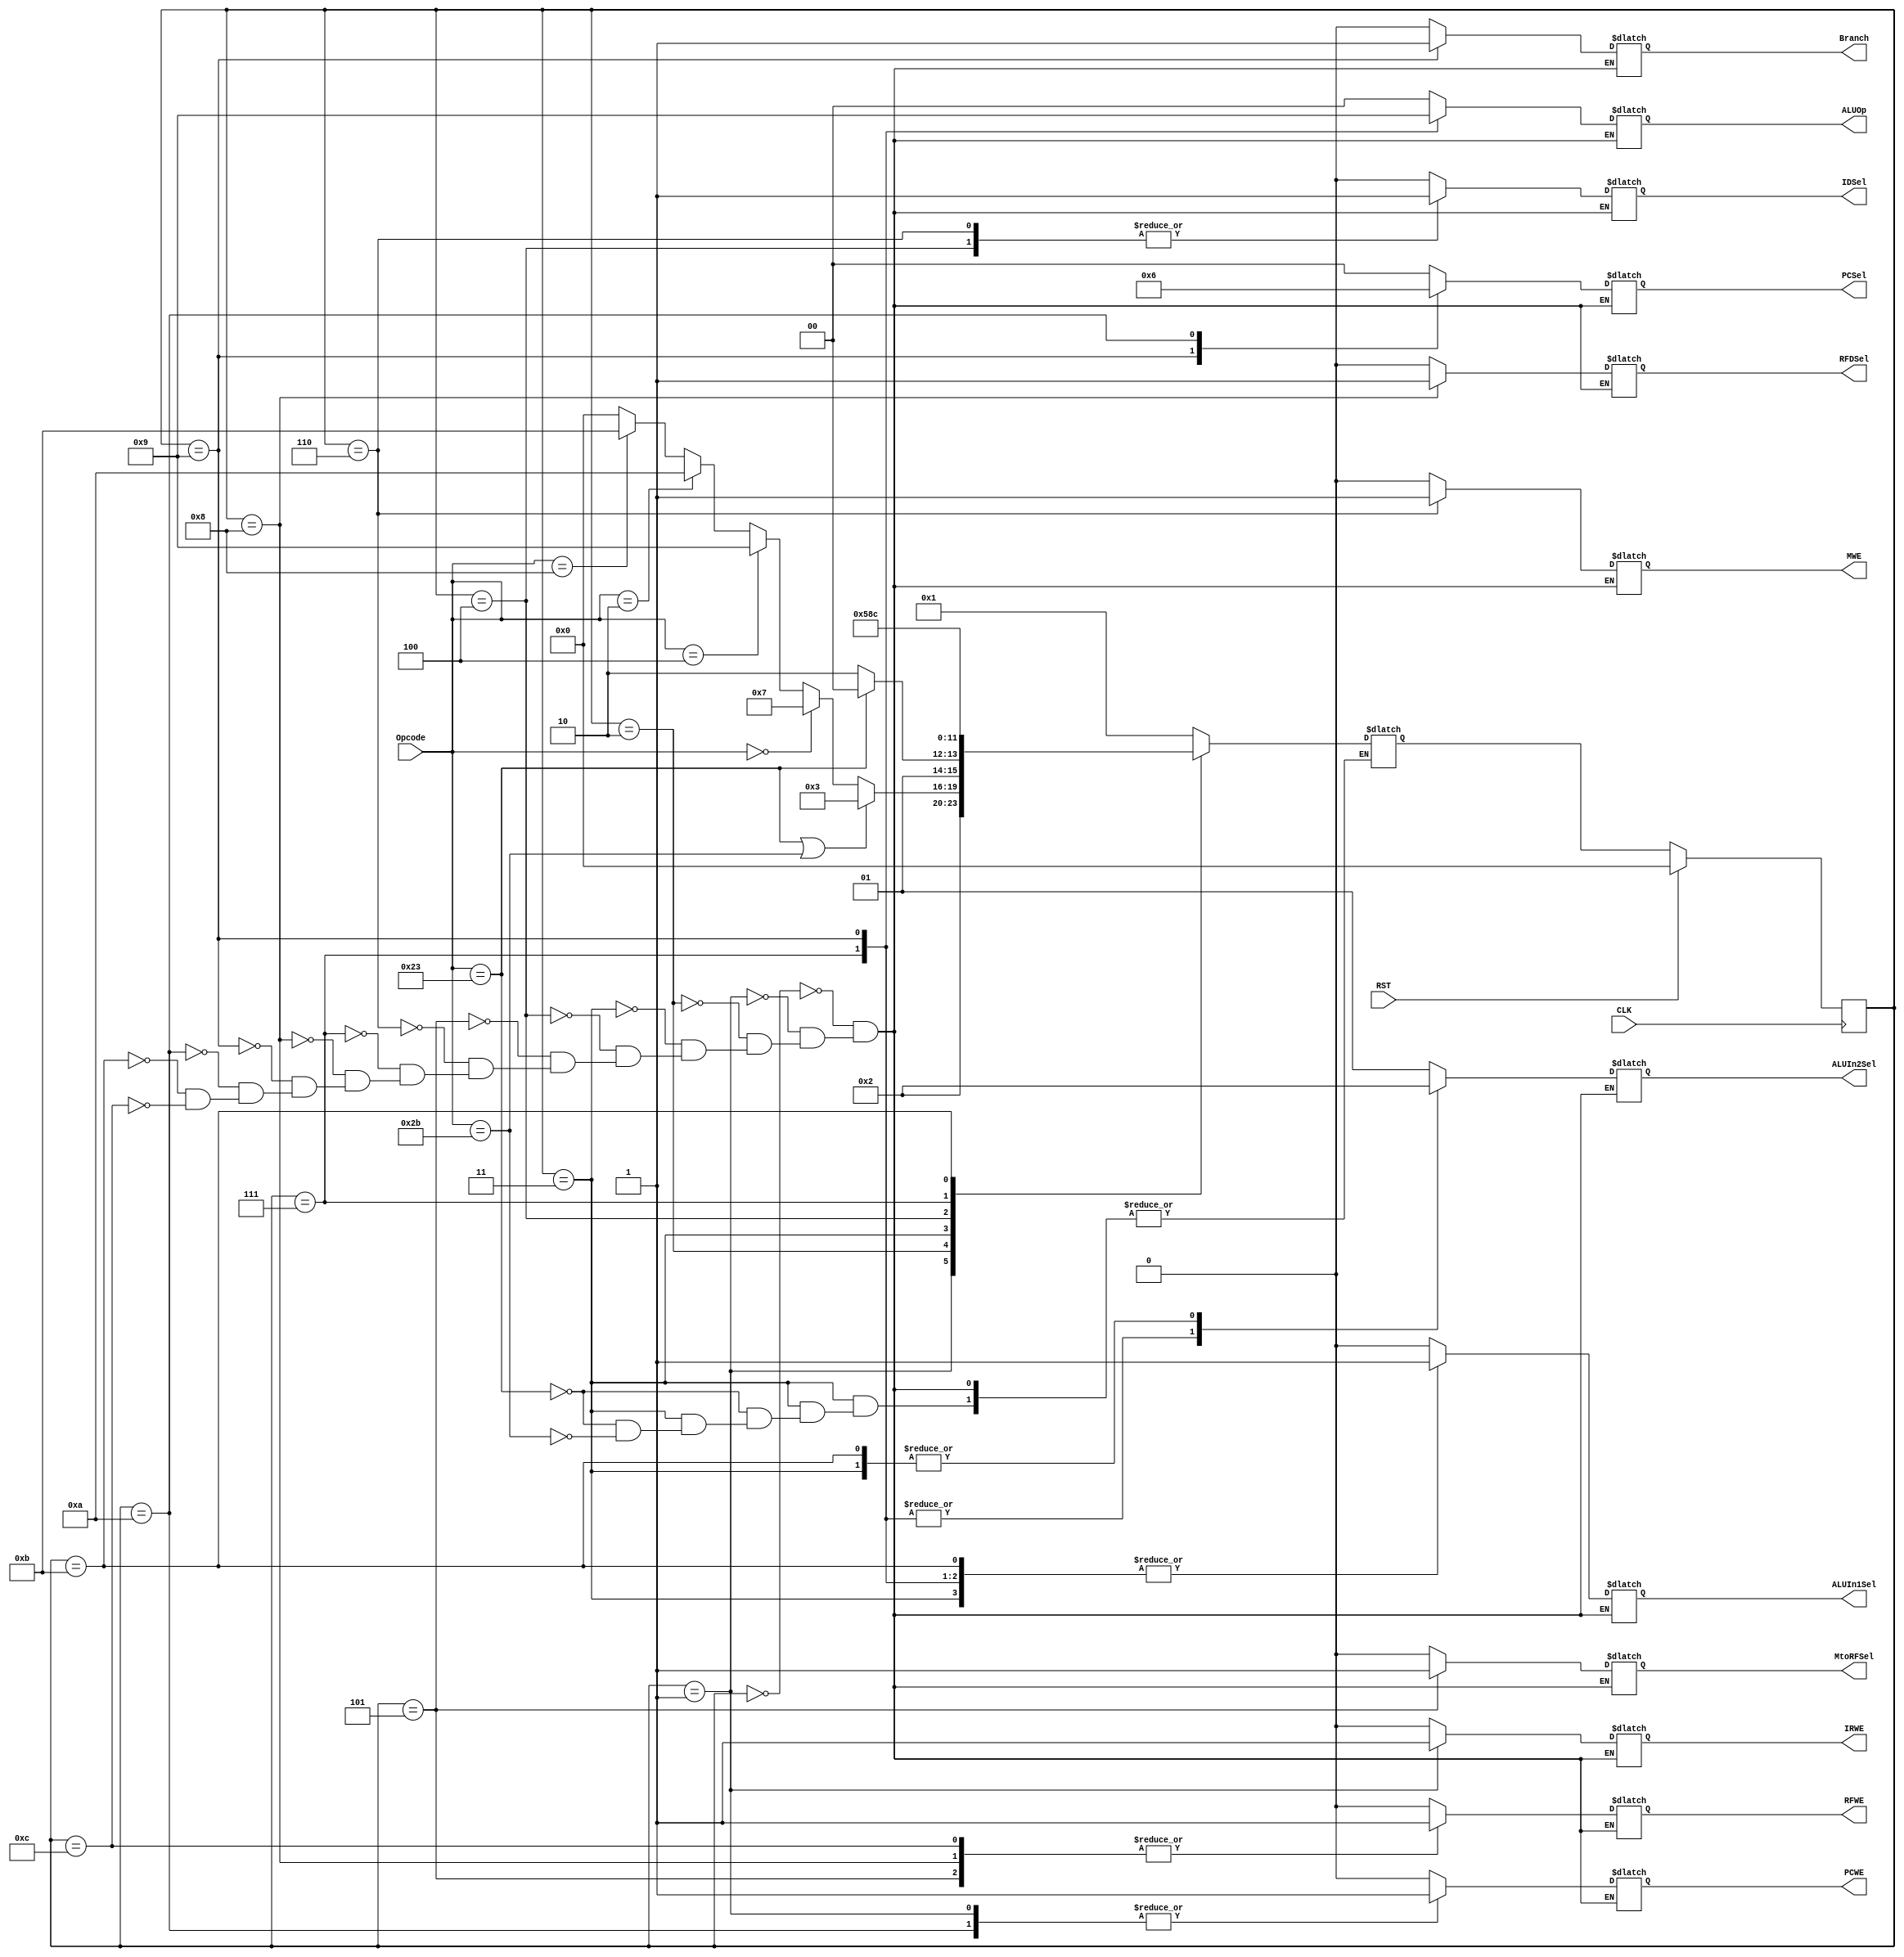
`timescale 1ns / 1ps

module MainController #(parameter AWL = 6, DWL = 32, DEPTH = 2**AWL)
                    (input CLK, RST,
                     input [AWL-1:0] Opcode,
                     output reg [AWL-5:0] ALUOp,
                     output reg IRWE, MWE, PCWE, Branch, RFWE,
                     output reg [AWL-5:0] ALUIn2Sel, PCSel,
                     output reg MtoRFSel, RFDSel,
                                ALUIn1Sel, IDSel);

// States    
localparam SR = 0,   // Reset
           S0 = 1,   // Fetch
           S1 = 2,   // Decode
           S2 = 3,   // MemAddr
           S3 = 4,   // MemRead
           S4 = 5,   // Mem Writeback
           S5 = 6,   // DMWE
           S6 = 7,   // Execute
           S7 = 8,   // ALU Writeback
           S8 = 9,   // Branch
           S9 = 10,  // Jump
           S10 = 11, // ADDI Execute
           S11 = 12; // ADDI Writeback
           
reg [3:0] state, next_state;
           
    // STATE REGISTER       
    always @ (posedge CLK) begin
        if (RST)
            state <= SR;
        else
            state <= next_state;
    end
    
    // NEXT STATE LOGIC
    always @ (state or Opcode) begin
        case (state)
            SR: begin 
                next_state = S0;
            end
            S0: begin
                next_state = S1;
            end
            S1: begin
                if (Opcode == 6'b100011 || Opcode == 6'b101011) // LW or SW
                    next_state = S2;
                else if (Opcode == 6'b000000) // R-type
                    next_state = S6;
                else if (Opcode == 6'b000100) // BEQ
                    next_state = S8;
                else if (Opcode == 6'b000010) // J
                    next_state = S9;
                else if (Opcode == 6'b001000) // ADDI
                    next_state = S10;
                else
                    next_state = SR;
            end
            S2: begin
                if (Opcode == 6'b100011) // LW
                    next_state = S3;
                else if (Opcode == 6'b101011) // SW
                    next_state = S5;
            end
            S3: begin
                next_state = S4;
            end
            S4: begin
                next_state = S0;
            end
            S5: begin
                next_state = S0;
            end
            S6: begin
                next_state = S7;
            end
            S7: begin
                next_state = S0;
            end
            S8: begin
                next_state = S0;
            end
            S9: begin
                next_state = S0;
            end
            S10: begin
                next_state = S11;
            end
            S11: begin
                next_state = S0;
            end
        endcase
    end
    
    // OUTPUT LOGIC
    always @ (state) begin
        case (state)
            SR: begin // Reset
                IRWE = 0;
                MWE = 0;
                PCWE = 0; 
                Branch = 0; 
                RFWE = 0;
                ALUOp = 2'bx; 
                ALUIn1Sel = 1'bx;
                ALUIn2Sel = 2'bx;
                PCSel = 2'bx;
                MtoRFSel = 1'bx; 
                RFDSel = 1'bx;
                IDSel = 1'bx;
            end
            S0: begin // Fetch
                IRWE = 1;
                MWE = 0;
                PCWE = 1; 
                Branch = 0; 
                RFWE = 0;
                ALUOp = 2'b00; 
                ALUIn1Sel = 1'b0;
                ALUIn2Sel = 2'b01;
                PCSel = 2'b00;
                MtoRFSel = 1'b0; 
                RFDSel = 1'bx;
                IDSel = 1'b0;
            end
            S1: begin // Decode
                IRWE = 0;
                MWE = 0;
                PCWE = 0; 
                Branch = 0; 
                RFWE = 0;
                ALUOp = 2'bx; 
                ALUIn1Sel = 1'bx;
                ALUIn2Sel = 2'bx;
                PCSel = 2'bx;
                MtoRFSel = 1'b0; 
                RFDSel = 1'bx;
                IDSel = 1'bx;
            end
            S2: begin // MemAddr
                IRWE = 0;
                MWE = 0;
                PCWE = 0; 
                Branch = 0; 
                RFWE = 0;
                ALUOp = 2'b00; 
                ALUIn1Sel = 1'b1;
                ALUIn2Sel = 2'b10;
                PCSel = 2'bx;
                MtoRFSel = 1'bx; 
                RFDSel = 1'bx;
                IDSel = 1'bx;
            end
            S3: begin // MemRead
                IRWE = 0;
                MWE = 0;
                PCWE = 0; 
                Branch = 0; 
                RFWE = 0;
                ALUOp = 2'bx; 
                ALUIn1Sel = 1'bx;
                ALUIn2Sel = 2'bx;
                PCSel = 2'bx;
                MtoRFSel = 1'bx; 
                RFDSel = 1'bx;
                IDSel = 1'b1;
            end
            S4: begin // Mem Writeback
                IRWE = 0;
                MWE = 0;
                PCWE = 0; 
                Branch = 0; 
                RFWE = 1;
                ALUOp = 2'bx; 
                ALUIn1Sel = 1'bx;
                ALUIn2Sel = 2'bx;
                PCSel = 2'bx;
                MtoRFSel = 1'b1; 
                RFDSel = 1'b0;
                IDSel = 1'bx;
            end
            S5: begin // DMWE
                IRWE = 0;
                MWE = 1;
                PCWE = 0; 
                Branch = 0; 
                RFWE = 0;
                ALUOp = 2'bx; 
                ALUIn1Sel = 1'bx;
                ALUIn2Sel = 2'bx;
                PCSel = 2'bx;
                MtoRFSel = 1'bx; 
                RFDSel = 1'bx;
                IDSel = 1'b1;
            end
            S6: begin // Execute
                IRWE = 0;
                MWE = 0;
                PCWE = 0; 
                Branch = 0; 
                RFWE = 0;
                ALUOp = 2'b10; 
                ALUIn1Sel = 1'b1;
                ALUIn2Sel = 2'b00;
                PCSel = 2'bx;
                MtoRFSel = 1'bx; 
                RFDSel = 1'bx;
                IDSel = 1'bx;
            end
            S7: begin // ALU Writeback
                IRWE = 0;
                MWE = 0;
                PCWE = 0; 
                Branch = 0; 
                RFWE = 1;
                ALUOp = 2'bx; 
                ALUIn1Sel = 1'bx;
                ALUIn2Sel = 2'bx;
                PCSel = 2'bx;
                MtoRFSel = 1'b0; 
                RFDSel = 1'b1;
                IDSel = 1'bx;
            end
            S8: begin // Branch
                IRWE = 0;
                MWE = 0;
                PCWE = 0; 
                Branch = 1; 
                RFWE = 0;
                ALUOp = 2'b01; 
                ALUIn1Sel = 1'b1;
                ALUIn2Sel = 2'b00;
                PCSel = 2'b01;
                MtoRFSel = 1'bx; 
                RFDSel = 1'bx;
                IDSel = 1'bx;
            end
            S9: begin // Jump
                IRWE = 0;
                MWE = 0;
                PCWE = 1; 
                Branch = 0; 
                RFWE = 0;
                ALUOp = 2'bx; 
                ALUIn1Sel = 1'bx;
                ALUIn2Sel = 2'bx;
                PCSel = 2'b10;
                MtoRFSel = 1'bx; 
                RFDSel = 1'bx;
                IDSel = 1'bx;
            end
            S10: begin // ADDI Execute
                IRWE = 0;
                MWE = 0;
                PCWE = 0; 
                Branch = 0; 
                RFWE = 0;
                ALUOp = 2'b00; 
                ALUIn1Sel = 1'b1;
                ALUIn2Sel = 2'b10;
                PCSel = 2'bx;
                MtoRFSel = 1'bx; 
                RFDSel = 1'bx;
                IDSel = 1'bx;
            end
            S11: begin // ADDI Writeback
                IRWE = 0;
                MWE = 0;
                PCWE = 0; 
                Branch = 0; 
                RFWE = 1;
                ALUOp = 2'bx; 
                ALUIn1Sel = 1'bx;
                ALUIn2Sel = 2'bx;
                PCSel = 2'bx;
                MtoRFSel = 1'b0; 
                RFDSel = 1'b0;
                IDSel = 1'bx;
            end
        endcase
    end
    
endmodule